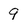
Character: 9